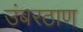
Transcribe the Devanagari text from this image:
उंबरठाण